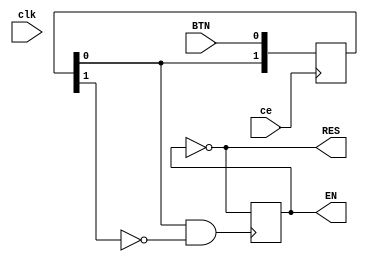
module BTN_BL(input BTN, output wire EN,
              input ce,  output wire RES,
              input clk);

  reg [1:0] Q = 2'b00;
  reg TEN = 0;

  assign ST  = Q[0] & (~Q[1]);
  assign EN  = TEN;
  assign RES = ~EN;

  always @(posedge ce) begin
    Q[0] <= BTN;
    Q[1] <= Q[0];
  end

  always @(posedge ST) begin
    TEN <= ~TEN;
  end

endmodule